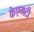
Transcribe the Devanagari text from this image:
केएमटी